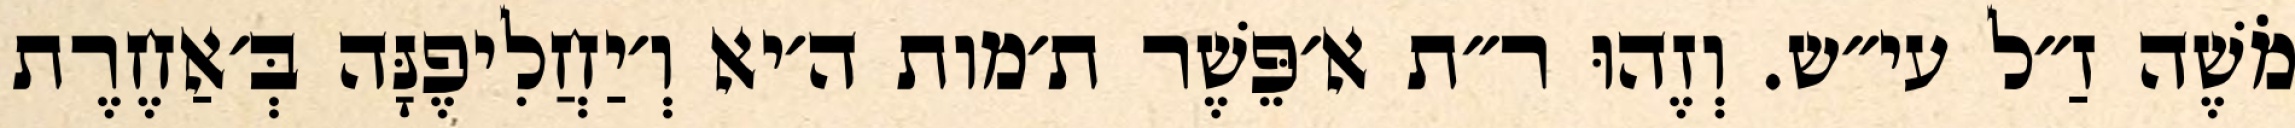
מֹשֶׁה זַ״ל עי״ש. וְזֶהוּ ר״ת א׳פֵּשֶׁר ת׳מות ה׳יא וְ׳יַחֲלִיפֶנָּה בְּ׳אַחֶרֶת